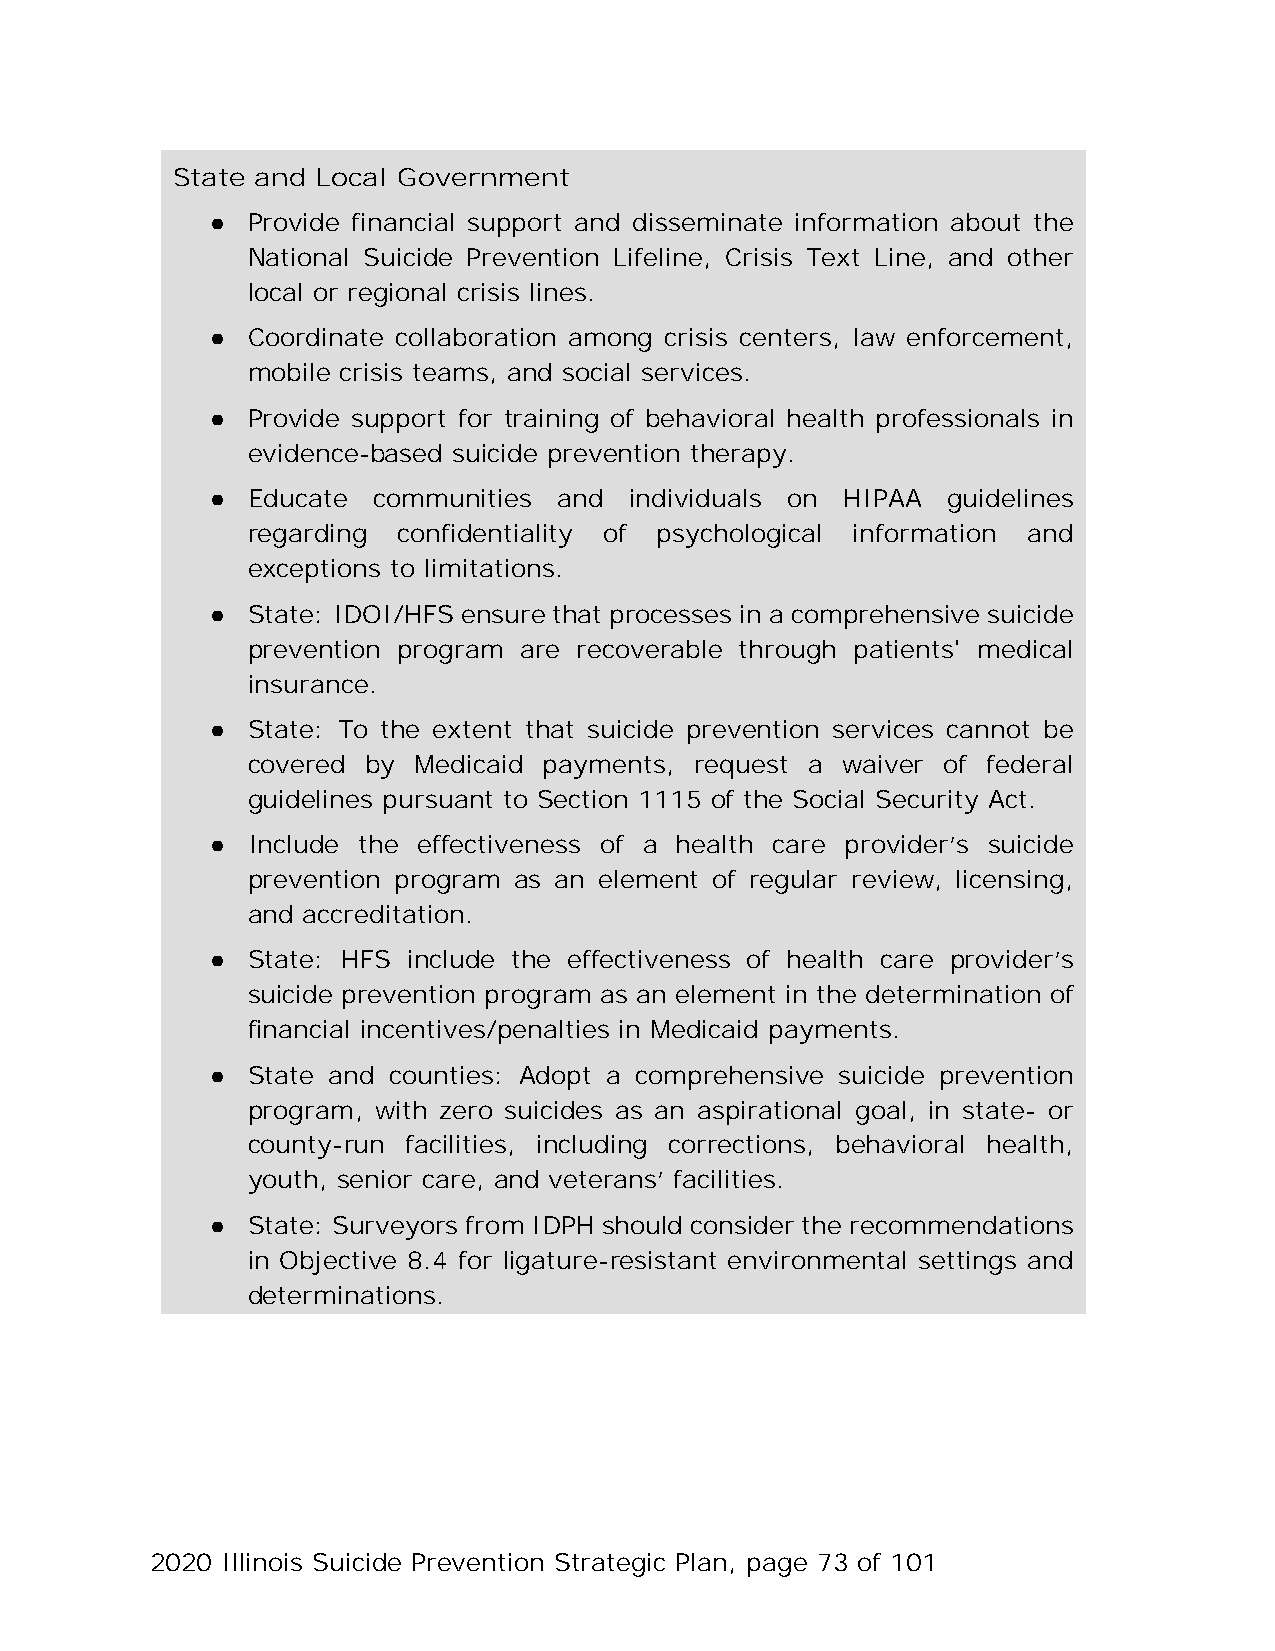
State and Local Government
 ● Provide financial support and disseminate information about the
 National Suicide Prevention Lifeline, Crisis Text Line, and other
 local or regional crisis lines.
 ● Coordinate collaboration among crisis centers, law enforcement,
 mobile crisis teams, and social services.
 ● Provide support for training of behavioral health professionals in
 evidence-based suicide prevention therapy.
 ● Educate  communities and  individuals on HIPAA guidelines
 regarding confidentiality of psychological information and
 exceptions to limitations.
 ● State: IDOI/HFS ensure that processes in a comprehensive suicide
 prevention program are recoverable through patients' medical
 insurance.
 ● State: To the extent that suicide prevention services cannot be
 covered by Medicaid payments, request a waiver of federal
 guidelines pursuant to Section 1115 of the Social Security Act.
 ● Include the effectiveness of a health care provider’s suicide
 prevention program as an element of regular review, licensing,
 and accreditation.
 ● State: HFS include the effectiveness of health care provider’s
 suicide prevention program as an element in the determination of
 financial incentives/penalties in Medicaid payments.
 ● State and counties: Adopt a comprehensive suicide prevention
 program, with zero suicides as an aspirational goal, in state- or
 county-run facilities, including corrections, behavioral health,
 youth, senior care, and veterans’ facilities.
 ● State: Surveyors from IDPH should consider the recommendations
 in Objective 8.4 for ligature-resistant environmental settings and
 determinations.
 2020 Illinois Suicide Prevention Strategic Plan, page 73 of 101